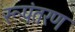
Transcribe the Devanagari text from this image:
रूपंतरण